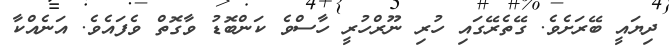
ދިޔައީ ބޭރަށެވެ. ގޭތެރޭގައި ހުރި ނޫރްހުރީ ހާސްވެ ކަންބޮޑު ވާގޮތް ވެފައެވެ. އަނެއްކާ